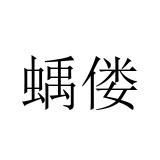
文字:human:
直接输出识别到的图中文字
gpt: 蝺偻